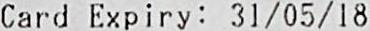
CARD EXPIRY: 31/05/18